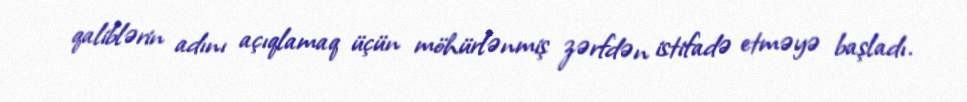
qaliblərin adını açıqlamaq üçün möhürlənmiş zərfdən istifadə etməyə başladı.